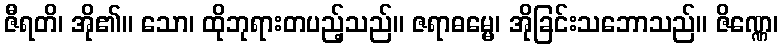
ဇီရတိ၊ အို၏။ သော၊ ထိုဘုရားတပည့်သည်။ ဇရာဓမ္မေ၊ အိုခြင်းသဘောသည်။ ဇိဏ္ဏေ၊